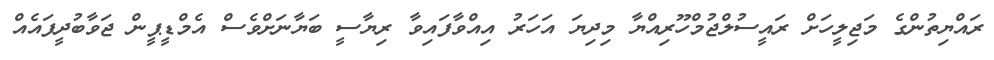
ރައްޔިތުންގެ މަޖިލީހަށް ރައީސުލްޖުމްހޫރިއްޔާ މިދިޔަ އަހަރު އިއްވާފައިވާ ރިޔާސީ ބަޔާނަށްވެސް އެމްޑީޕީން ޖަވާބުދީފައެއް